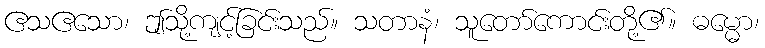
ဧသဧသော၊ ဤသို့ကျင့်ခြင်းသည်။ သတာနံ၊ သူတော်ကောင်းတို့၏။ ဓမ္မော၊